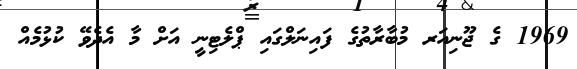
1969 ގެ ޖޫނިއަރ މުބާރާތުގެ ފައިނަލްގައި ޕްލެޓިނީ އަށް މާ އެދެވޭ ކުޅުމެއް